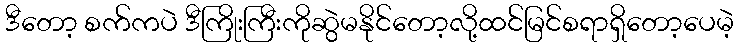
ဒီတော့ စက်ကပဲ ဒီကြိုးကြီးကိုဆွဲမနိုင်တော့လို့ထင်မြင်စရာရှိတော့ပေမဲ့